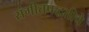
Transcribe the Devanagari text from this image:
संगीतपद्धतीचे